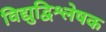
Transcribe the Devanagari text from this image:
विद्युद्विश्लेषक